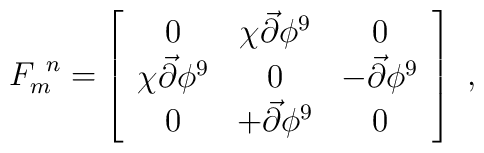
F_m^{\ n} = \left[\begin{array}{ccc}0 & \chi {\vec{\partial}} \phi^9 & 0 \\\chi {\vec{\partial}} \phi^9 & 0 & -{\vec{\partial}}\phi^9 \\0 & +{\vec{\partial}} \phi^9 & 0 \end{array}\right] \  ,